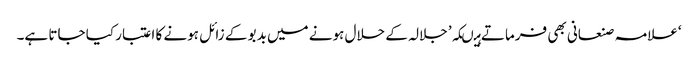
‘علامہ صنعانی بھی فرماتے ہیںکہ’ جلالہ کے حلال ہونے میں بدبو کے زائل ہونے کا اعتبار کیا جاتا ہے۔